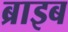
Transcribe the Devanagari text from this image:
ब्राइब